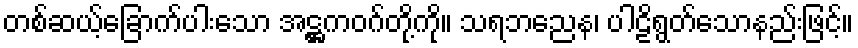
တစ်ဆယ့်ခြောက်ပါးသော အဋ္ဌကဝဂ်တို့ကို။ သရဘညေန၊ ပါဠိရွတ်သောနည်းဖြင့်။